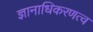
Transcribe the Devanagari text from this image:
ज्ञानाधिकरणत्व